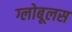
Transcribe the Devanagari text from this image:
ग्लोबूलस